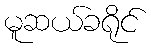
မူဆယ်ခရိုင်